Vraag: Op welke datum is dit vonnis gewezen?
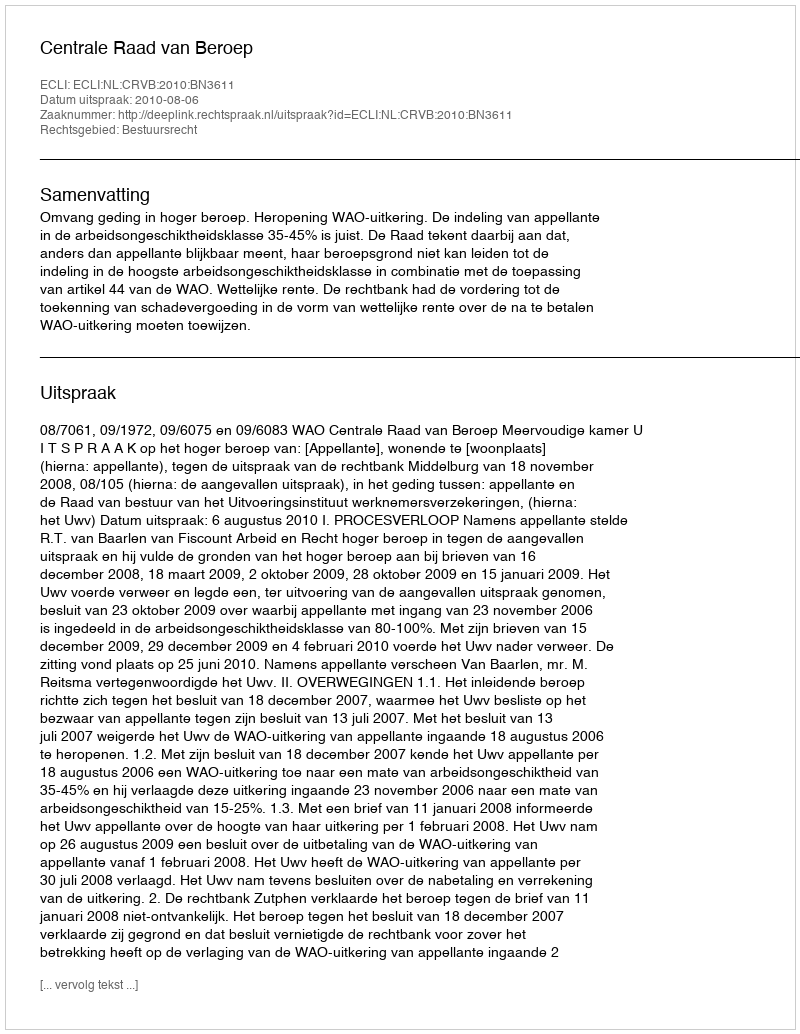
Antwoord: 2010-08-06